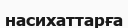
насихаттарға